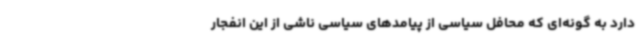
دارد به گونه‌ای که محافل سیاسی از پیامدهای سیاسی ناشی از این انفجار